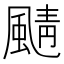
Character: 𩗼